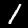
Label: 1